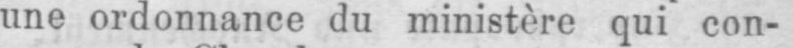
une ordonnance du ministère qui con-